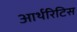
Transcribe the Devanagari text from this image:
आर्थरिटिस